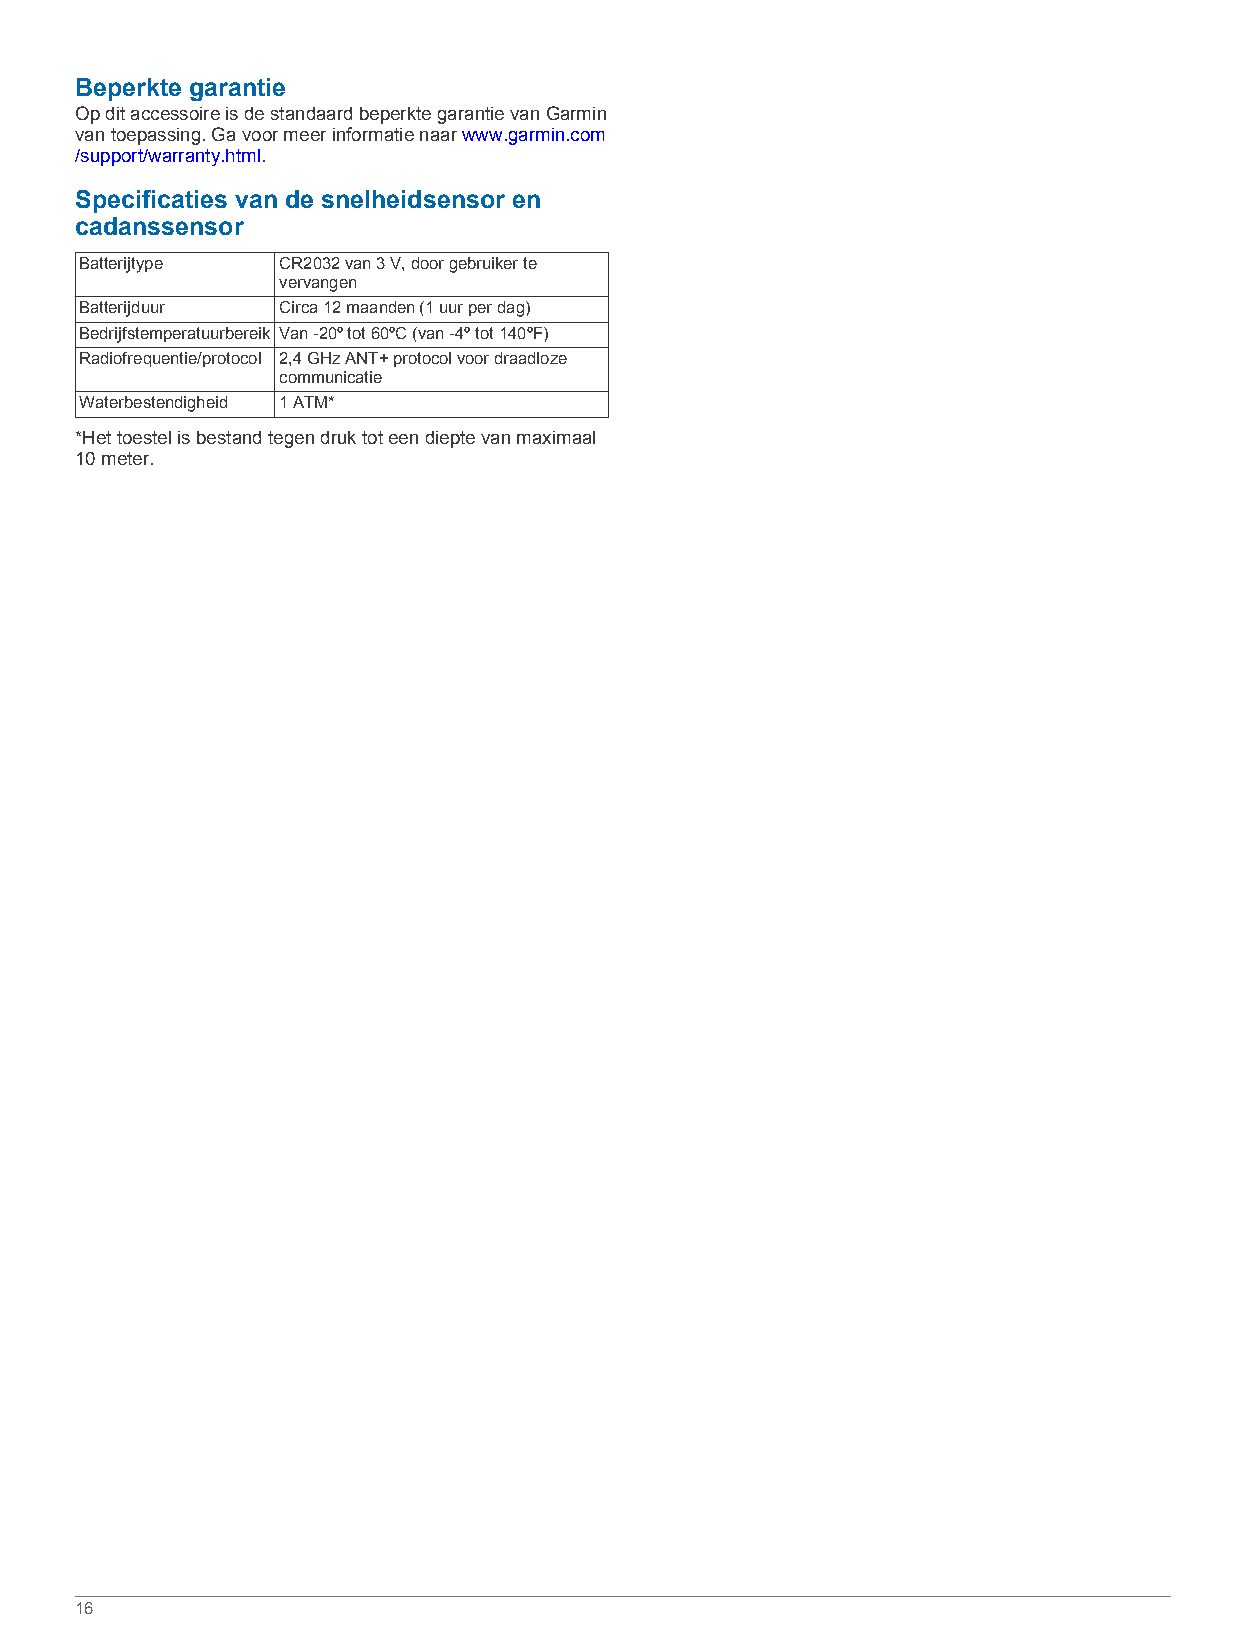
Beperkte garantie
 Op dit accessoire is de standaard beperkte garantie van Garmin
 van toepassing. Ga voor meer informatie naar www.garmin.com
 /support/warranty.html.
 Specificaties van de snelheidsensor en
 cadanssensor
 Batterijtype CR2032 van 3 V, door gebruiker te
 vervangen
 Batterijduur Circa 12 maanden (1 uur per dag)
 Bedrijfstemperatuurbereik Van -20º tot 60ºC (van -4º tot 140ºF)
 Radiofrequentie/protocol 2,4 GHz ANT+ protocol voor draadloze
 communicatie
 Waterbestendigheid 1 ATM*
 *Het toestel is bestand tegen druk tot een diepte van maximaal
 10 meter.
 16